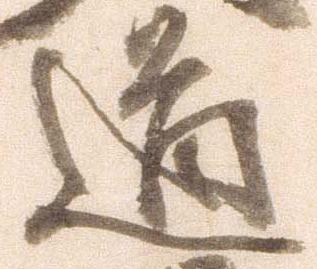
道